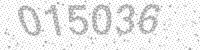
Solution: 015036